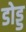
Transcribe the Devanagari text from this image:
डोड्ड